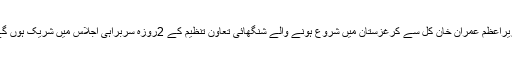
وزیراعظم عمران خان کل سے کرغزستان میں شروع ہونے والے شنگھائی تعاون تنظیم کے 2روزہ سربراہی اجلاس میں شریک ہوں گے۔